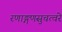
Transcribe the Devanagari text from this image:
रणाङ्गणसुचत्वरे